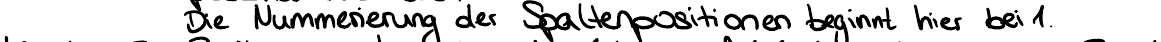
Die Nummerierung der Spaltenpositionen beginnt hier bei 1.